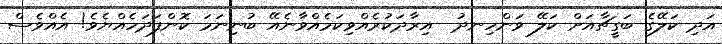
އަދި ކަލޭގެ ބަގީޗާއަށް ކަލޭ ވަންހިނދު  އިރާދަކުރެއްވިކަމެއްވާނެއޭ ބުނިނަމަ ކޮންފަދަހެއްޔެވެ! އެއްވެސް